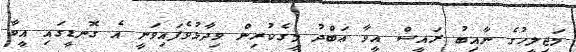
މަޖިލީހުގެ ނާއިބު ރައީސް އީވާ ޢަބްދު މީގެކުރިން ވިދާޅުވެފައިވަނީ އެ ގޮނޑީގައި އީވާ